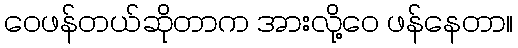
ဝေဖန်တယ်ဆိုတာက အားလို့ဝေ ဖန်နေတာ။